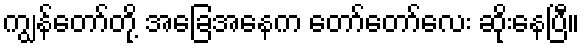
ကျွန်တော်တို့ အခြေအနေက တော်တော်လေး ဆိုးနေပြီ။